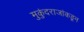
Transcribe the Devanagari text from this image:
मुकुंदराजांकडून